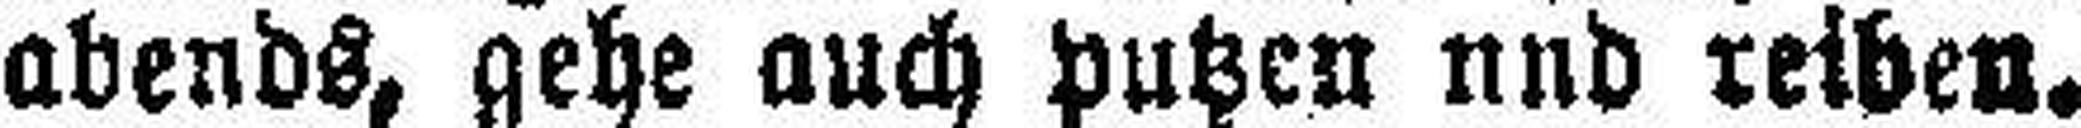
abends, gehe auch putzen und reiben.